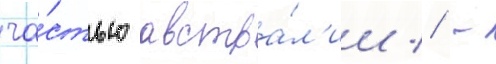
ча́стью австра́л'ии // -